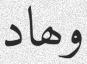
وھاد